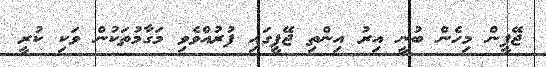
ޖޭޕީން މިހެން ބުނީ އިރު އިންތި ޖޭޕީގައި ފުރުއްވެވި މަގާމުތަކުން ވަކި ކުރީ